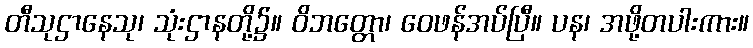
တီသုဌာနေသု၊ သုံးဌာနတို့၌။ ဝိဘတ္တော၊ ဝေဖန်အပ်ပြီ။ ပန၊ အဖို့တပါးကား။